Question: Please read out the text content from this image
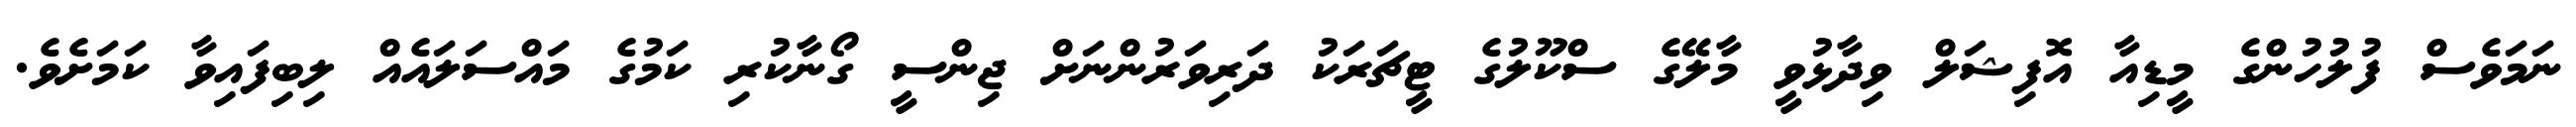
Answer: ނަމަވެސް ފުލުހުންގެ މީޑިއާ އޮފިޝަލް ވިދާޅުވީ މާލޭގެ ސްކޫލުގެ ޓީޗަރަކު ދަރިވަރުންނަށް ޖިންސީ ގޯނާކުރި ކަމުގެ މައްސަލައެއް ލިބިފައިވާ ކަމަށެވެ.